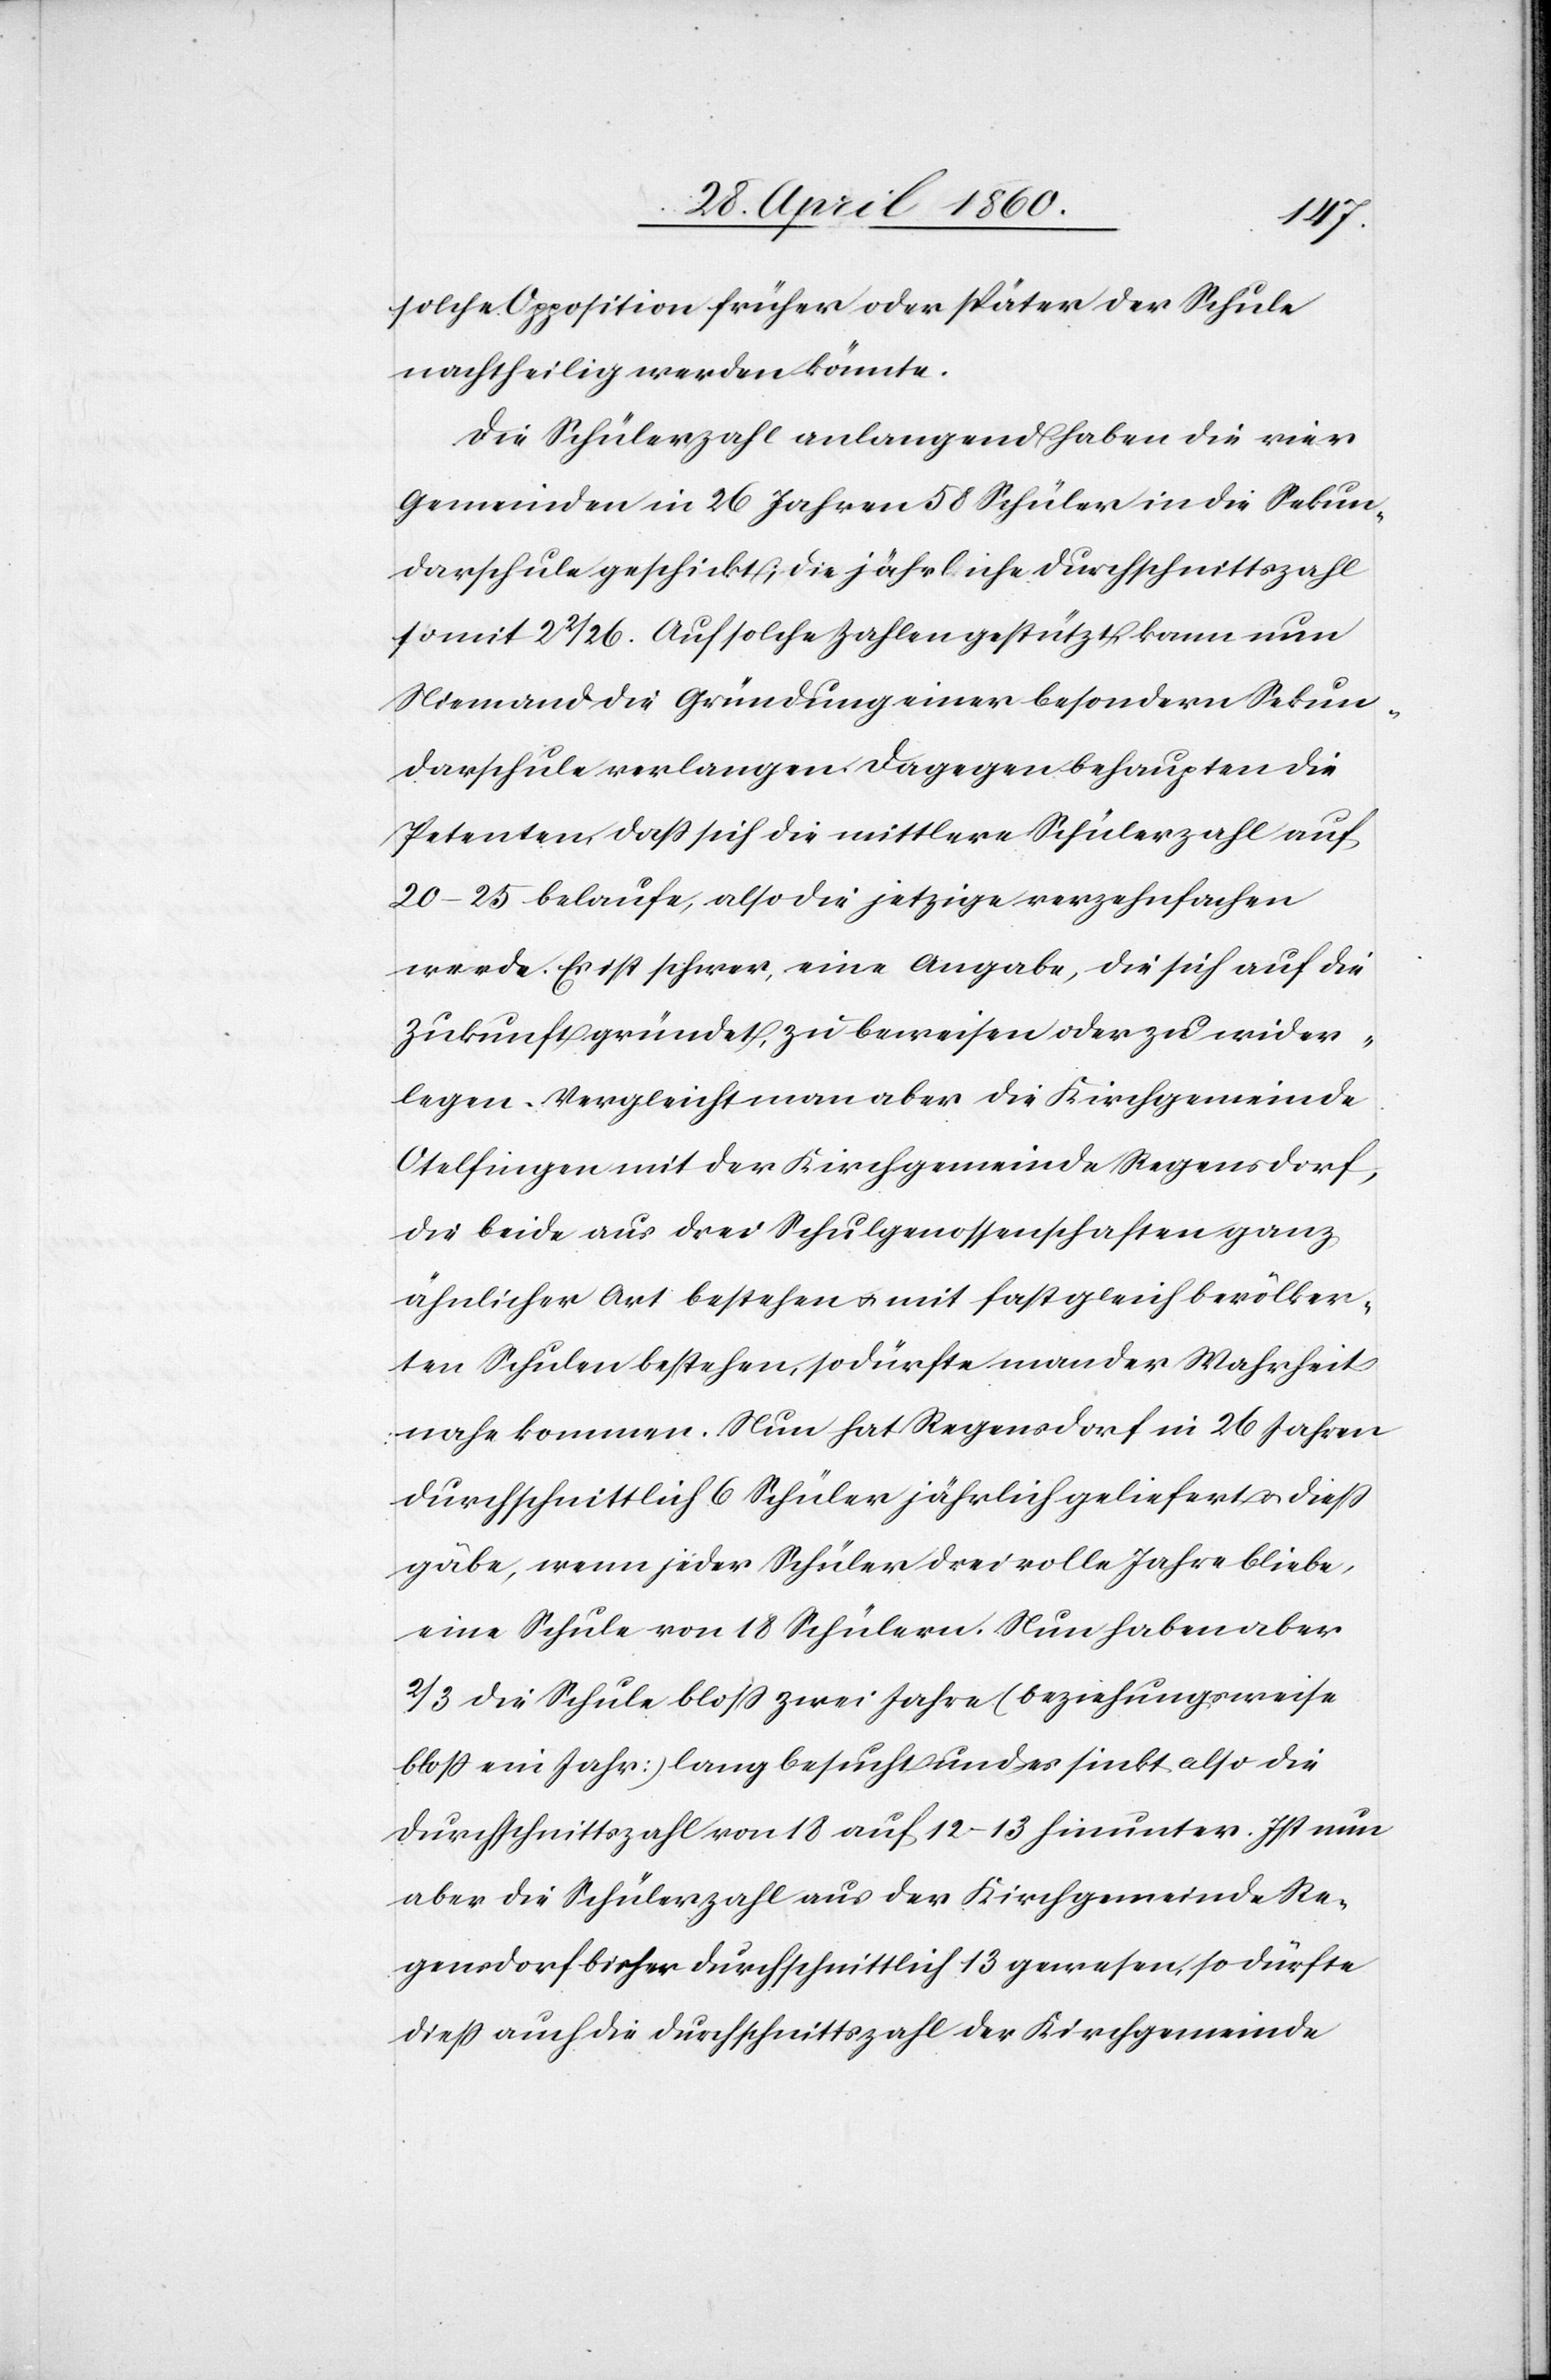
solche Opposition früher oder später der Schule
nachtheilig werden könnte.
Die Schülerzahl anlangend haben die vier
Gemeinden in 26 Jahren 58 Schüler in die Sekun¬
darschule geschickt; die jährliche Durchschnittszahl
somit 2 2/26. Auf solche Zahlen gestützt kann nun
Niemand die Gründung einer besondern Sekun¬
darschule verlangen. Dagegen behaupten die
Petenten, dass sich die mittlere Schülerzahl auf
20–25 belaufe, also die jetzige verzehnfachen
werde. Es ist schwer, eine Angabe, die sich auf die
Zukunft gründet, zu beweisen oder zu wider¬
legen. Vergleicht man aber die Kirchgemeinde
Otelfingen mit der Kirchgemeinde Regensdorf,
die beide aus drei Schulgenossenschaften ganz
ähnlicher Art bestehen u. mit fast gleich bevölker¬
ten Schulen bestehen, so dürfte man der Wahrheit
nahe kommen. Nun hat Regensdorf in 26 Jahren
durchschnittlich 6 Schüler jährlich geliefert u. diess
gäbe, wenn jeder Schüler drei volle Jahre bliebe,
eine Schule von 18 Schülern. Nun haben aber
2/3 die Schule bloss zwei Jahre (beziehungsweise
bloss ein Jahr) lang besucht und es sinkt also die
Durchschnittszahl von 18 auf 12–13 hinunter. Ist nun
aber die Schülerzahl aus der Kirchgemeinde Re¬
gensdorf bisher durchschnittlich 13 gewesen, so dürfte
diess auch die Durchschnittszahl der Kirchgemeinde